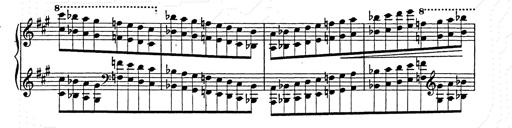
Title: Hungarian Rhapsody No.15
Composer: Franz Liszt
Key: A minor